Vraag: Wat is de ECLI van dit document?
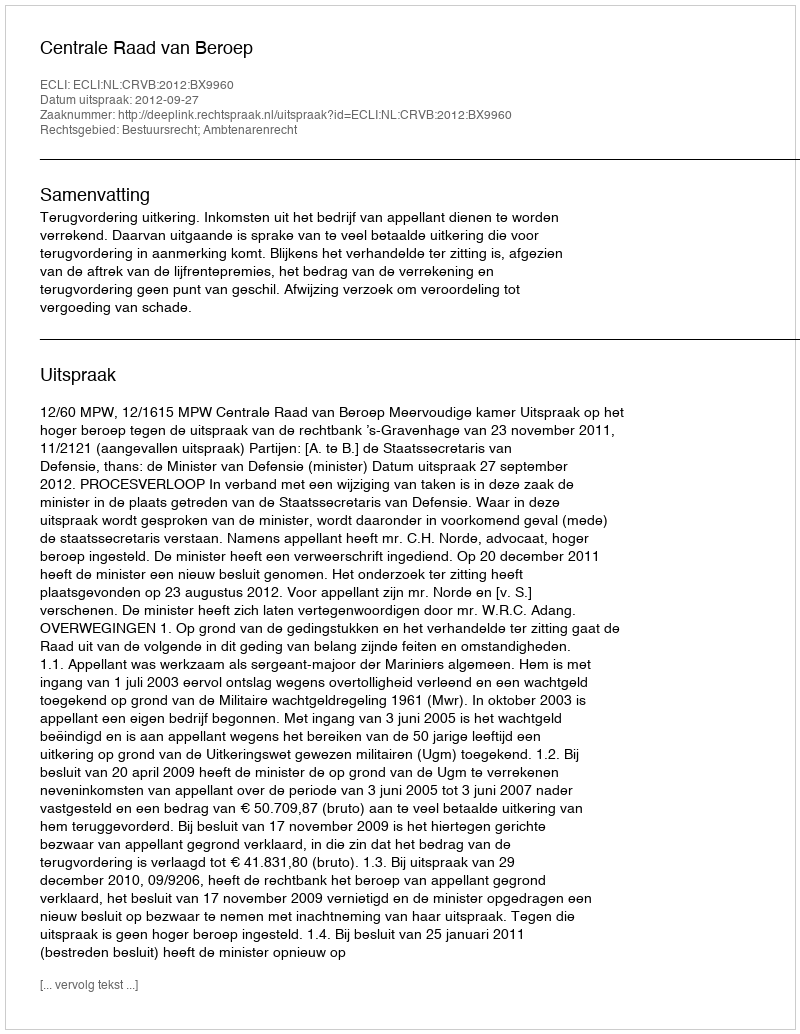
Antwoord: ECLI:NL:CRVB:2012:BX9960